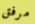
مرفق